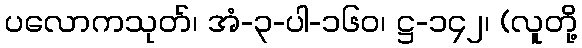
ပလောကသုတ်၊ အံ-၃-ပါ-၁၆၀၊ ဋ္ဌ-၁၄၂၊ (လူတို့